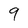
Character: 9